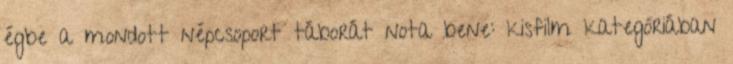
égbe a mondott népcsoport táborát nota bene: kisfilm kategóriában